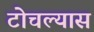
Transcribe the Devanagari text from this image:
टोचल्यास